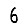
Digit: 6